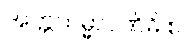
အတ္တသမ္မာပဏိဓိ စ၊